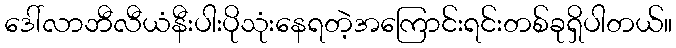
ဒေါ်လာဘီလီယံနီးပါးပိုသုံးနေရတဲ့အကြောင်းရင်းတစ်ခုရှိပါတယ်။